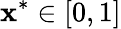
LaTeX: {{\mathbf{x}}^{*}}\in\left[0,1\right]